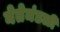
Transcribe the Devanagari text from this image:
नेतेमंडळी